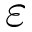
\varepsilon